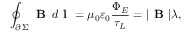
\oint _ { \scriptstyle \partial \, \Sigma } \textbf { B } \, d \textbf { l } = \mu _ { 0 } \varepsilon _ { 0 } \frac { \Phi _ { E } } { \tau _ { L } } = | \textbf { B } | \lambda ,